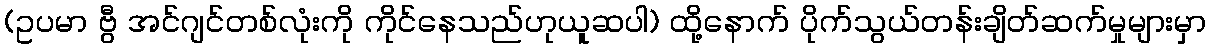
(ဥပမာ ဗွီ အင်ဂျင်တစ်လုံးကို ကိုင်နေသည်ဟုယူဆပါ) ထို့နောက် ပိုက်သွယ်တန်းချိတ်ဆက်မှုများမှာ